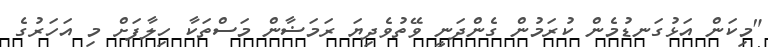
"މިކަން އަޅުގަނޑުމެން ކުރަމުން ގެންދަނީ ވޭތުވެދިޔަ ރަމަޟާން މަސްތަކާ ހިލާފަށް މި އަހަރުގެ